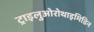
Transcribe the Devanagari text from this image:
ट्राइलुओरोथाइमिडिन